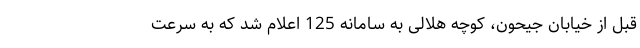
قبل از خیابان جیحون، کوچه هلالی به سامانه 125 اعلام شد که به سرعت